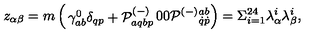
z _ { \alpha \beta } = m \left( \begin{matrix} { \gamma _ { a b } ^ { 0 } \delta _ { q p } + { \cal P } _ { a q b p } ^ { ( - ) } } & { 0 } \\ { 0 } & { { \cal P } ^ { ( - ) } { } _ { \dot { q } \dot { p } } ^ { a b } } \\ \end{matrix} \right) = \Sigma _ { i = 1 } ^ { 2 4 } \lambda _ { \alpha } ^ { i } \lambda _ { \beta } ^ { i } ,